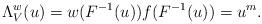
LaTeX: \begin{align*}\Lambda_V^{w} (u) &= w(F^{-1}(u)) f(F^{-1}(u))=u^m.\end{align*}